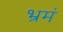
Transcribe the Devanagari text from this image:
भ्रमं